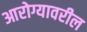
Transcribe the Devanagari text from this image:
आरोग्यावरील